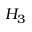
H _ { 3 }